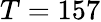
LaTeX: T=157